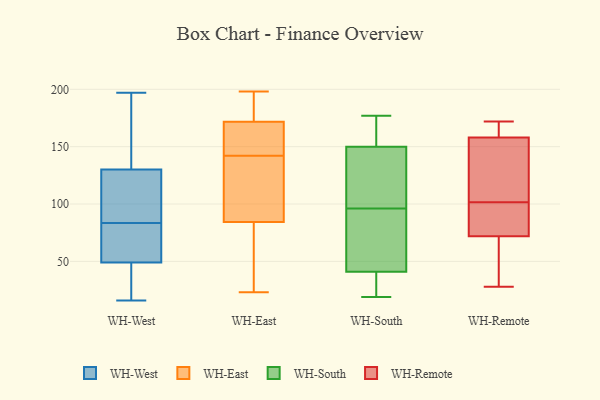
{"axis": {"x": "Headcount", "y": "Value"}, "legend": ["WH-East", "WH-Remote", "WH-South", "WH-West"], "data": [{"x": "", "y": 55, "type": "WH-West"}, {"x": "", "y": 125, "type": "WH-West"}, {"x": "", "y": 89, "type": "WH-West"}, {"x": "", "y": 154, "type": "WH-West"}, {"x": "", "y": 49, "type": "WH-West"}, {"x": "", "y": 41, "type": "WH-West"}, {"x": "", "y": 30, "type": "WH-West"}, {"x": "", "y": 130, "type": "WH-West"}, {"x": "", "y": 16, "type": "WH-West"}, {"x": "", "y": 95, "type": "WH-West"}, {"x": "", "y": 197, "type": "WH-West"}, {"x": "", "y": 154, "type": "WH-West"}, {"x": "", "y": 34, "type": "WH-West"}, {"x": "", "y": 79, "type": "WH-West"}, {"x": "", "y": 88, "type": "WH-West"}, {"x": "", "y": 62, "type": "WH-West"}, {"x": "", "y": 187, "type": "WH-West"}, {"x": "", "y": 58, "type": "WH-West"}, {"x": "", "y": 94, "type": "WH-East"}, {"x": "", "y": 104, "type": "WH-East"}, {"x": "", "y": 153, "type": "WH-East"}, {"x": "", "y": 120, "type": "WH-East"}, {"x": "", "y": 174, "type": "WH-East"}, {"x": "", "y": 158, "type": "WH-East"}, {"x": "", "y": 31, "type": "WH-East"}, {"x": "", "y": 153, "type": "WH-East"}, {"x": "", "y": 27, "type": "WH-East"}, {"x": "", "y": 94, "type": "WH-East"}, {"x": "", "y": 198, "type": "WH-East"}, {"x": "", "y": 73, "type": "WH-East"}, {"x": "", "y": 23, "type": "WH-East"}, {"x": "", "y": 194, "type": "WH-East"}, {"x": "", "y": 142, "type": "WH-East"}, {"x": "", "y": 186, "type": "WH-East"}, {"x": "", "y": 173, "type": "WH-East"}, {"x": "", "y": 81, "type": "WH-East"}, {"x": "", "y": 168, "type": "WH-East"}, {"x": "", "y": 19, "type": "WH-South"}, {"x": "", "y": 150, "type": "WH-South"}, {"x": "", "y": 41, "type": "WH-South"}, {"x": "", "y": 24, "type": "WH-South"}, {"x": "", "y": 49, "type": "WH-South"}, {"x": "", "y": 129, "type": "WH-South"}, {"x": "", "y": 137, "type": "WH-South"}, {"x": "", "y": 177, "type": "WH-South"}, {"x": "", "y": 150, "type": "WH-South"}, {"x": "", "y": 63, "type": "WH-South"}, {"x": "", "y": 158, "type": "WH-Remote"}, {"x": "", "y": 104, "type": "WH-Remote"}, {"x": "", "y": 59, "type": "WH-Remote"}, {"x": "", "y": 92, "type": "WH-Remote"}, {"x": "", "y": 106, "type": "WH-Remote"}, {"x": "", "y": 28, "type": "WH-Remote"}, {"x": "", "y": 99, "type": "WH-Remote"}, {"x": "", "y": 172, "type": "WH-Remote"}, {"x": "", "y": 164, "type": "WH-Remote"}, {"x": "", "y": 72, "type": "WH-Remote"}]}